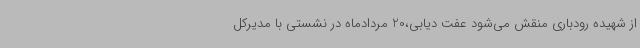
از شهیده رودباری منقش می‌شود عفت دیابی،20 مردادماه در نشستی با مدیرکل